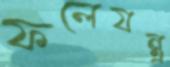
ফলেযন্ত্র